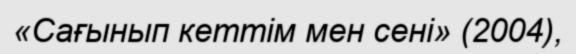
«Сағынып кеттім мен сені» (2004),